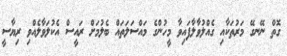
ގޮތް ނޭނގޭ މަރުތަކާއި ގެއްލުވާލާފައިވާ މީހުންގެ މައްސަލަތައް ބެލުމަށް ރައީސް އެކުލަވާލެއްވި ރިޔާސީ